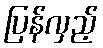
ပြန်လှည့်